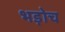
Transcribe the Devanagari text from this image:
भड़ोच